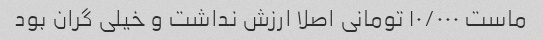
ماست ۱۰/۰۰۰ تومانی اصلا ارزش نداشت و خیلی گران بود